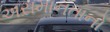
અસમાનતાનો